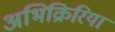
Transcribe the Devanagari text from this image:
अभिक्रिरिया